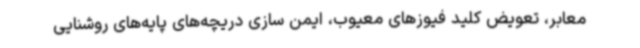
معابر، تعویض کلید فیوزهای معیوب، ایمن سازی دریچه‌های پایه‌های روشنایی